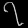
Digit: ၇